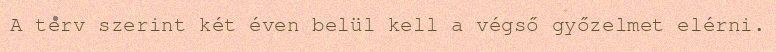
A terv szerint két éven belül kell a végső győzelmet elérni.